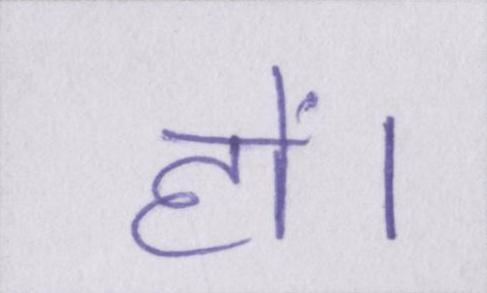
हों।